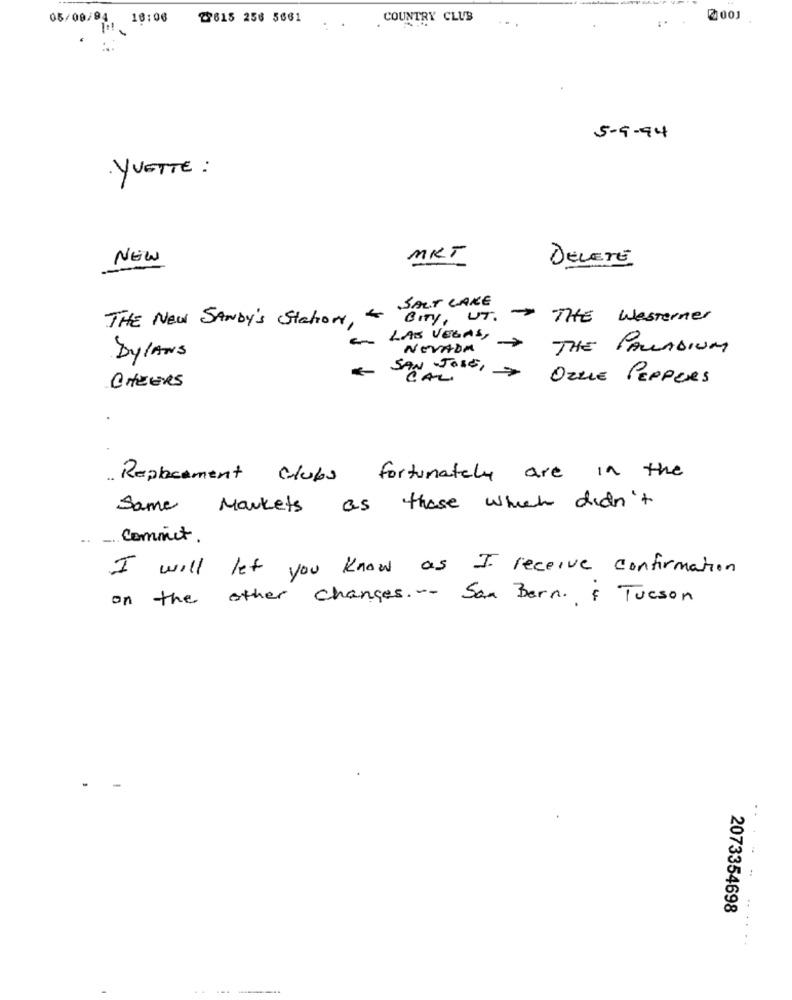
05/08/04, 10:06 23615 256 5661
COUNTRY CLUB
@001
..
...
5-9-94
· YVETTE :
NEW
MKT
DELETE
SALT LAKE
THE New SANDy's Station, -
BITY , UT. - THE Westerner
En LAS VEGASI >
NEVADA
THE PALLADIUM
DYLANS
" SAN JOSE,
CAL
>
OZZIE PEPPERS
CHEERS
Replacement clubs fortunately are in the
Same
Markets as those which didn't
commit .
I will let you know as I receive confirmation
on the other changes. -- San Bern & Tucson
2073354698
. ..